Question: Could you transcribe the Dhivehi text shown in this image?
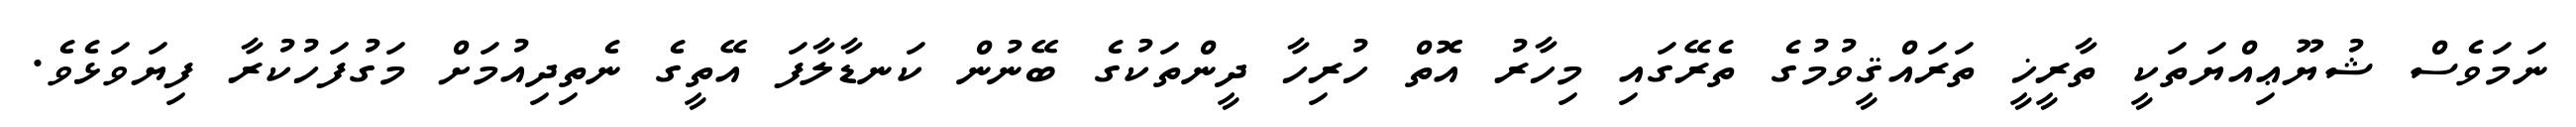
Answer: ނަމަވެސް ޝުޔޫޢިއްޔަތަކީ ތާރީޚީ ތަރައްޤީވުމުގެ ތެރޭގައި މިހާރު އޮތް ހުރިހާ ދީންތަކުގެ ބޭނުން ކަނޑާލާފަ އޭތީގެ ނެތިދިއުމަށް މަގުފަހުކުރާ ފިޔަވަޅެވެ.